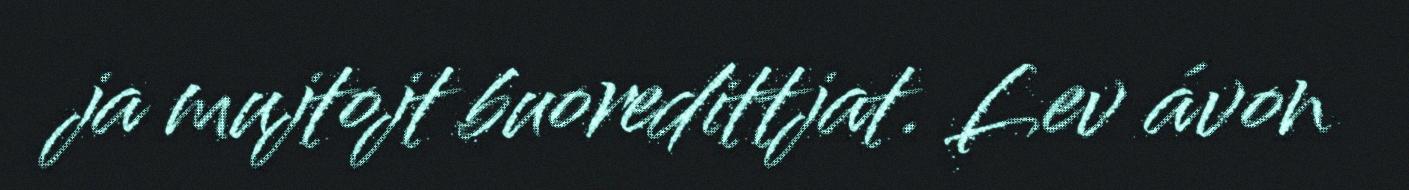
ja mujtojt buoredittjat. Lev ávon